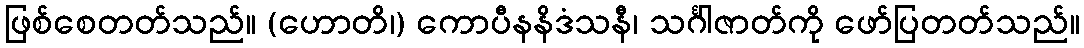
ဖြစ်စေတတ်သည်။ (ဟောတိ၊) ကောပီနနိဒံသနီ၊ သင်္ဂါဇာတ်ကို ဖော်ပြတတ်သည်။